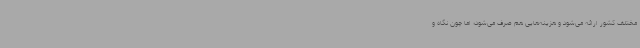
مختلف کشور ارائه می‌شود و هزینه‌هایی هم صرف می‌شود؛ اما چون نگاه و